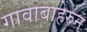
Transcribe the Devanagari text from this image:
गावाबाहेरुन